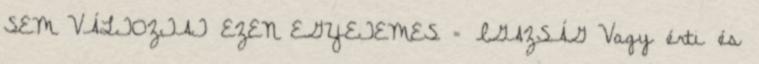
SEM VÁLTOZTAT EZEN EGYETEMES = IGAZSÁG Vagy érti és